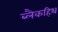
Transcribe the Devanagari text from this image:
ब्लैकहिथ